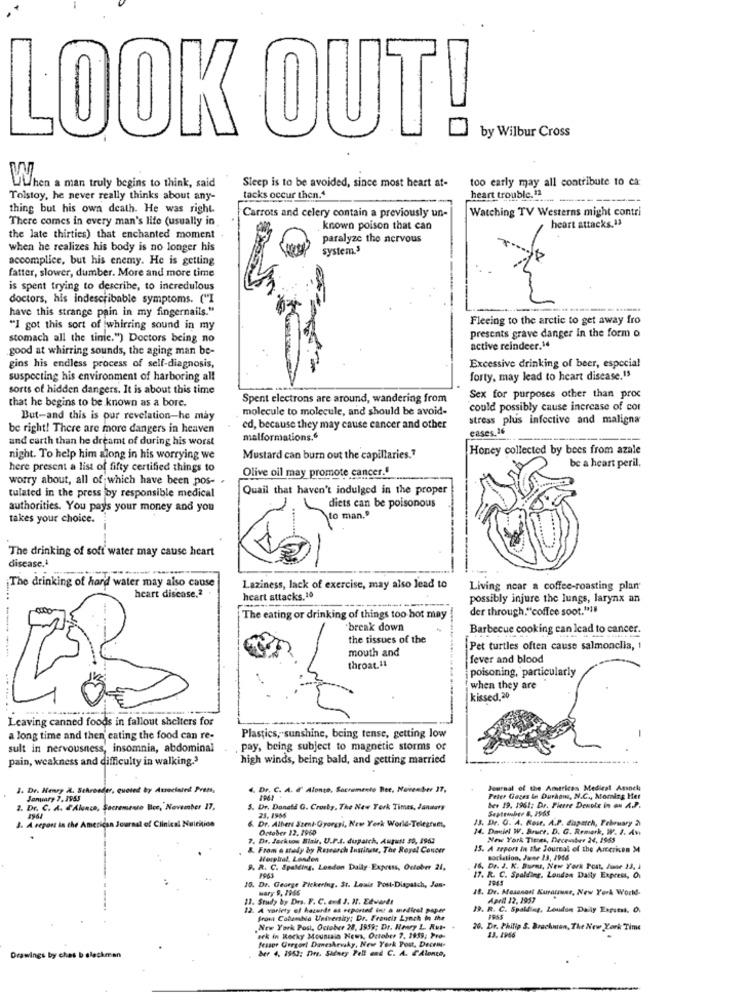
LOOK OUT!
by Wilbur Cross
too early may all contribute to ca:
Wwhen a man truly begins to think, said
Sleep is to be avoided, since most heart at-
Tolstoy, he never really thinks about any-
tacks occur then."
heart trouble.12
thing but his own death. He was right.
Watching TV Westerns might contri
There comes in every man's life (usually in
Carrots and celery contain a previously un-
heart attacks.13
known poison that can
the late thirties) that enchanted moment
paralyze the nervous
when he realizes his body is no longer his
system.3
accomplice, but his enemy. He is getting
fatter, slower, dumber. More and more time
is spent trying to describe, to incredulous
doctors, his indescribable symptoms. ("I
have this strange pain in my fingernails."
Fleeing to the arctic to get away fro
"I got this sort of whirring sound in my
presents grave danger in the form o
stomach all the tinie.") Doctors being no
good at whirring sounds, the aging man be-
active reindeer.14
gins his endless process of self-diagnosis,
Excessive drinking of beer, especial
suspecting his environment of harboring all
forty, may lead to heart disease.13
sorts of hidden dangers. It is about this time
Spent electrons are around, wandering from
Sex for purposes other than proc
that he begins to be known as a bore.
molecule to molecule, and should be avoid-
could possibly cause increase of cor
But-and this is our revelation-he may
stress plus infective and maligna
be right! There are more dangers in heaven
ed, because they may cause cancer and other
eases.16
and earth than he dreamt of during his worst
malformations.“
Honey collected by bees from azale
night. To help him ziong in his worrying we
Mustard can burn out the capillaries.7
be a heart peril.
here present a list of fifty certified things to
Olive oil may promote cancer."
worry about, all of which have been pos- .
Quail that haven't indulged in the proper
tulated in the press by responsible medical
authorities. You pays your money and you
diets can be poisonous
takes your choice.
to man."
The drinking of soft water may cause heart
disease.
The drinking of hard water may also cause
heart disease.2.
Laziness, lack of exercise, may also lead to
Living near a coffee-roasting plan
heart attacks.10
possibly injure the lungs, larynx an
der through."coffee soot."1"
The eating or drinking of things too hot may
'break down
Barbecue cooking can lead to cancer.
the tissues of the
-----
mouth and
Pet turtles often cause salmonclia, 1
throat.11
fever and blood
poisoning, particularly
when they are
kissed,20
Leaving canned foods in fallout shelters for
a long time and then eating the food can re-
Plastics, sunshine, being tense, getting low
-
sult in nervousness, insomnia, abdominal
pay, being subject to magnetic storms of
pain, weakness and difficulty in walking.'
high winds, being bald, and getting married
3. Dr. Henry A. Schroeder, quoted by Atraciated Press,
4. Dr. C. A. d' Alonte, Sacramento Bee. November 17,
Journal of the American Medical Ansoch
January 7, 1955
Peter Gages In Durhans, N.C ., Morning Her
2. Dr. C. A. @Alunce, Sacramento Bee, November 17,
3. Dr. Donald G. Crosby, The New York Times, Janaury
bes 19. 1961; Dr. Pierre Denoix in on A.P.
Septembre 8, 1965
3. A report in the American Journal of Clinical Nutrition
6. Dr. Albert Szent-Gyorgal, New York World-Telegrums,
23, 1966
13. Dr. O. A. Rost. A.P. dispatch, February à
October 12. 1960
14. Daniel W. Brvier, D. G. Remark, W. J. An
7. Dr. Jackson Hair, U.P.t. duparch, August 39, 1952
New York Times, December 24, 1965
8. From a study by Research Instinct, The Royal Cancer
15. A report in the Journal of the American M
Horghat, Londen
sociation, June 13, 19SS
9. R. C. Spalding, London Daily Express, October 21.
16. Dr. J. K. Burnu, New York Post, June 23, 1
17. R. C. Spalding, London Dasty Express, O
1945
10. Dr. George Pickering, St. Louis Post-Dispatch, Jan-
Mary 9, 1945
18. Dr. Masasont Kuratrust, New York World-
13. Study by Drs. F. C. and J. H. Edwards
April 12, 1957
12. A variety of haturde at exported int a medirel paper
19. R. C. Spalding, Loudon Daily Express. O.
from Colombia University: Dr. Francis Lynch In the
1955
.New York Post, October 28, 1959; Dr. Nevy L. Aut-
20. Dr. Philip S. Brachman, The New York Time
sek in Rocky Mountain News, October 7, 1939, Pro-
fraser Gregori Daneshevuky, New York Post. Decem-
13. 4966
ber 4, 1952: Dire. Sidney Pell and C. A. P'Alante,
Drawings by ches b
İman